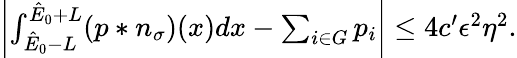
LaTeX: \begin{array}{r}{\left|\int_{\hat{E}_{0}-L}^{\hat{E}_{0}+L}(p\ast n_{\sigma})(x)dx-\sum_{i\in G}p_{i}\right|\leq 4c^{\prime}\epsilon^{2}\eta^{2}.}\end{array}